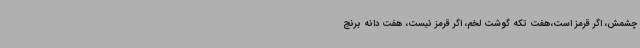
چشمش، اگر قرمز است،هفت تکه گوشت لخم، اگر قرمز نیست، هفت دانه برنج